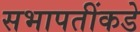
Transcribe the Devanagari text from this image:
सभापतींकडे